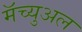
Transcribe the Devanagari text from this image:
मॅच्युअल